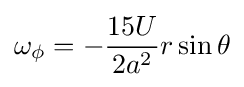
\omega _{\phi }=-{\frac {15U}{2a^{2}}}r\sin \theta